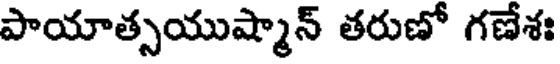
పాయాత్సయుష్మాన్ తరుణో గణేశః